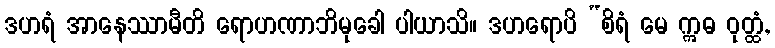
ဒဟရံ အာနေဿာမီတိ ရောဟဏာဘိမုခေါ ပါယာသိ။ ဒဟရောပိ “စိရံ မေ ဣဓ ဝုတ္ထံ,